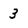
Character: 3